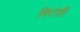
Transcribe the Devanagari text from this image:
मिरांशी